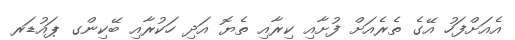
އެއަށްފަހު އޭގެ ތެރެއަށް ފުށާއި ކިރާއި ތެޔޮ އަދި ހަކުރާއި ބޭކިންގ ޕައުޑަރ